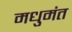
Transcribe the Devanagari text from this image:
मधुमंत